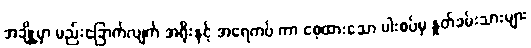
အချို့မှာ မည်းခြောက်လျက် အရိုးနှင့် အရေကပ် ကာ စေ့ထားသော ပါးစပ်မှ နှုတ်ခမ်းသားများ